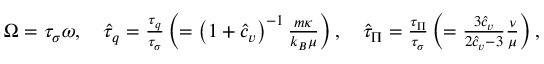
\begin{array} { r l } & { \Omega = \tau _ { \sigma } \omega , \ \ \ \hat { \tau } _ { q } = \frac { \tau _ { q } } { \tau _ { \sigma } } \left( = \left( 1 + { \hat { c } _ { v } } \right) ^ { - 1 } \frac { m \kappa } { k _ { B } \mu } \right) , \ \ \ \hat { \tau } _ { \Pi } = \frac { \tau _ { \Pi } } { \tau _ { \sigma } } \left( = \frac { 3 \hat { c } _ { v } } { 2 \hat { c } _ { v } - 3 } \frac { \nu } { \mu } \right) , } \end{array}